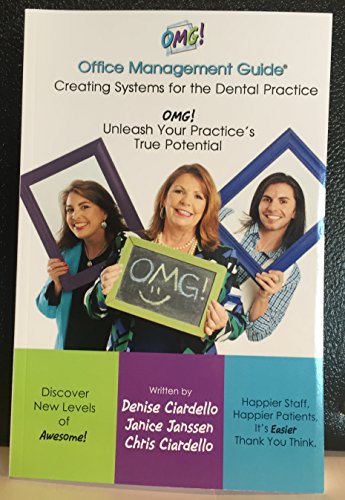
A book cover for OMG! :) Office Management Guide for the Dental Practice (OMG!); Janice Jassen & Chris Ciardello Denise Ciardello; Medical Books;